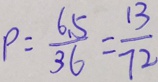
P = \frac { 6 . 5 } { 3 6 } = \frac { 1 3 } { 7 2 }